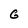
Character: G